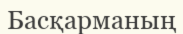
Басқарманың